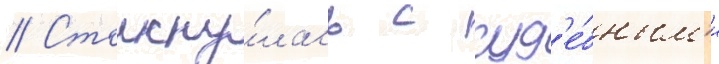
// Столкну́лась с суд'е́бным'и